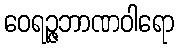
ဝေရဉ္ဇဘာဏဝါရော